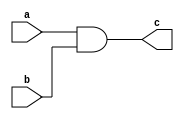
module anding(a,b,c);

input [15:0]a,b;
output [15:0]c;

assign c[15:0]=a[15:0] & b[15:0];

endmodule